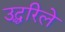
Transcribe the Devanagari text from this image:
उद्धरिले